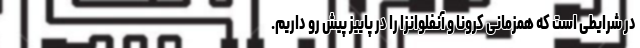
در شرایطی است که همزمانی کرونا و آنفلوانزا را در پاییز پیش رو داریم.